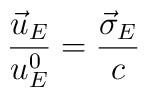
\frac{\vec u_E}{u^0_E}=\frac{\vec\sigma_E}{c}